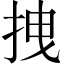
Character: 拽